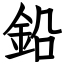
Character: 鉛